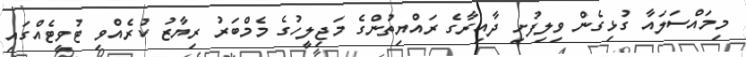
މިމައްސަލައާ ގުޅިގެން ވިލިފުށި ދާއިރާގެ ރައްޔިތުންގެ މަޖިލީހުގެ މެމްބަރު ރިޔާޒު ކުރެއްވި ޓުވީޓެއްގައި